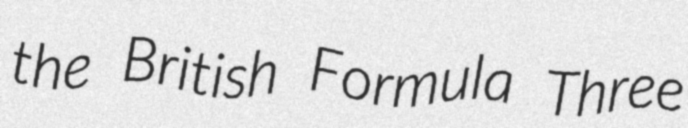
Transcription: the British Formula Three